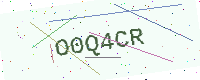
Text: O0Q4CR